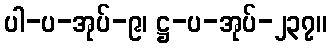
ပါ-ပ-အုပ်-၉၊ ဋ္ဌ-ပ-အုပ်-၂၃၇။